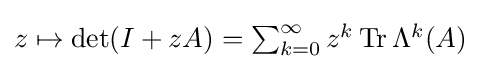
{\textstyle z\mapsto \det(I+zA)=\sum _{k=0}^{\infty }z^{k}\operatorname {Tr} \Lambda ^{k}(A)}